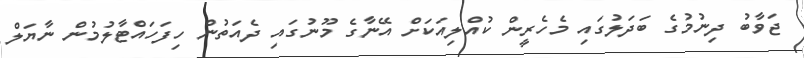
ޖަވާބު ދިނުމުގެ ބަދަލުގައި މެހެރީން ކުއްލިއަކަށް އޭނާގެ މޫނުގައި ދެއަތުން ހިފަހައްޓާލުމުން ނާޔަލް